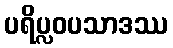
ပရိပ္လဝပသာဒဿ